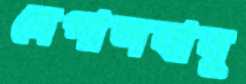
নেপালবাবু